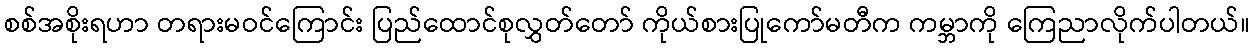
စစ်အစိုးရဟာ တရားမဝင်ကြောင်း ပြည်ထောင်စုလွှတ်တော် ကိုယ်စားပြုကော်မတီက ကမ္ဘာကို ကြေညာလိုက်ပါတယ်။